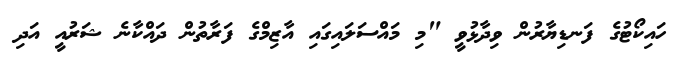
ހައިކޯޓުގެ ފަނޑިޔާރުން ވިދާޅުވީ "މި މައްސަލައިގައި އާޒިމްގެ ފަރާތުން ދައްކާނެ ޝަރުއީ އަދި